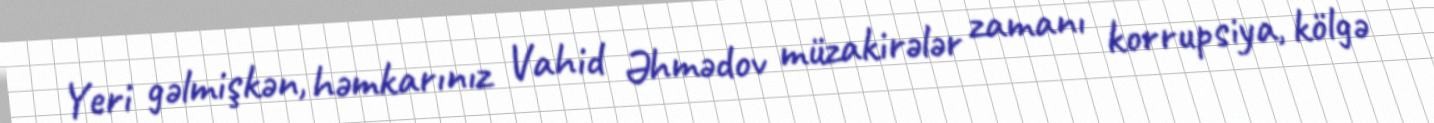
Yeri gəlmişkən, həmkarınız Vahid Əhmədov müzakirələr zamanı korrupsiya, kölgə